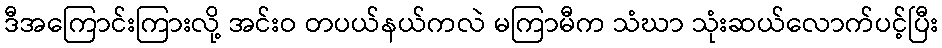
ဒီအကြောင်းကြားလို့ အင်းဝ တပယ်နယ်ကလဲ မကြာမီက သံဃာ သုံးဆယ်လောက်ပင့်ပြီး